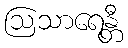
ဩသာရေန္တီ